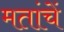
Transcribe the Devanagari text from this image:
मतांचें